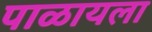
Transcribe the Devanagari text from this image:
पाळायला